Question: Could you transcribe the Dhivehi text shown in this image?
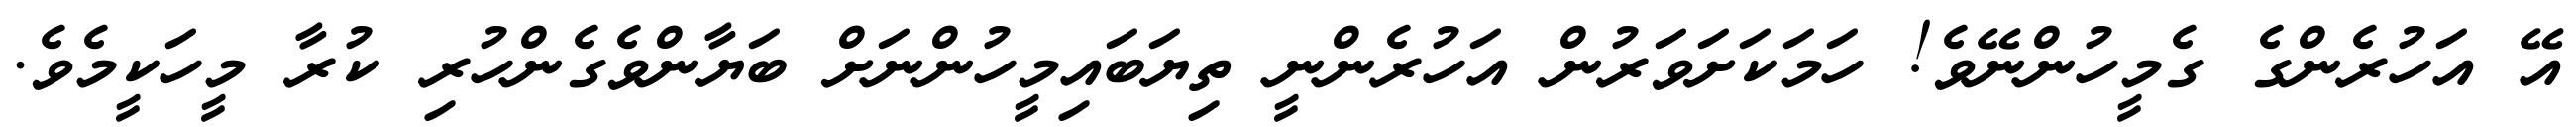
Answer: އޭ އަހުރެންގެ ގެމީހުންނޭވެ! ހަމަކަށަވަރުން އަހުރެންނީ ތިޔަބައިމީހުންނަށް ބަޔާންވެގެންހުރި ކުރާ މީހަކީމެވެ.